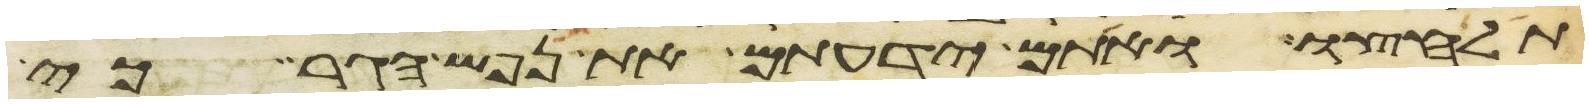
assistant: תלחצו ואתם ידעתם את נפש הגר כי